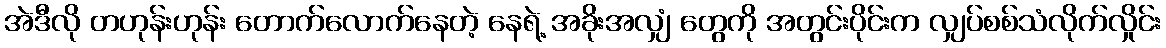
အဲဒီလို တဟုန်းဟုန်း တောက်လောက်နေတဲ့ နေရဲ့ အခိုးအလျှံ တွေကို အတွင်းပိုင်းက လျှပ်စစ်သံလိုက်လှိုင်း